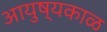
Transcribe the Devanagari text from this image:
आयुष्यकाळ